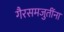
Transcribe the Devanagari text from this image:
गैरसमजुतींना